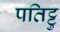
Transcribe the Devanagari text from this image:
पतिट्टु